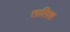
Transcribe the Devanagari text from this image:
तालिश